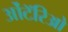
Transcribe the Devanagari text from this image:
ओंटॅरिओ